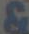
&